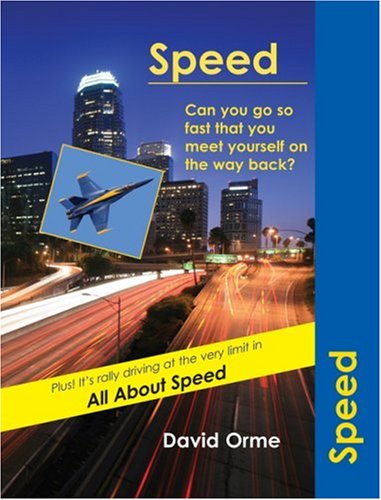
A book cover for Speed (Trailblazers); David Orme; Teen & Young Adult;